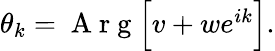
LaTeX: \begin{array}{r}{\theta_{k}=\mathrm{~A~r~g~}\Big[v+we^{ik}\Big].}\end{array}